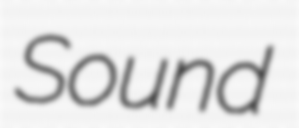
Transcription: Sound